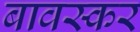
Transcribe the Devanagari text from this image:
बावस्कर